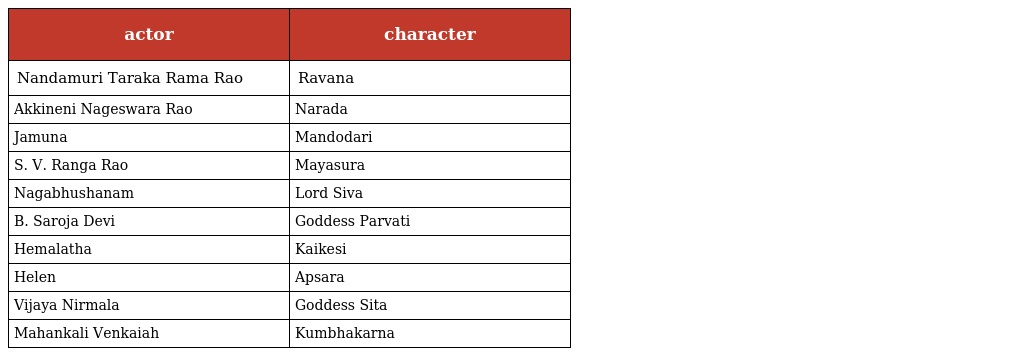
| actor | character |
 | --- | --- |
 | Nandamuri Taraka Rama Rao | Ravana |
 | Akkineni Nageswara Rao | Narada |
 | Jamuna | Mandodari |
 | S. V. Ranga Rao | Mayasura |
 | Nagabhushanam | Lord Siva |
 | B. Saroja Devi | Goddess Parvati |
 | Hemalatha | Kaikesi |
 | Helen | Apsara |
 | Vijaya Nirmala | Goddess Sita |
 | Mahankali Venkaiah | Kumbhakarna |